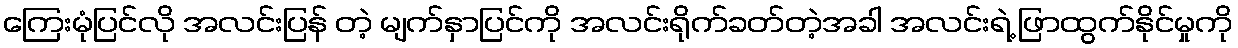
ကြေးမုံပြင်လို အလင်းပြန် တဲ့ မျက်နှာပြင်ကို အလင်းရိုက်ခတ်တဲ့အခါ အလင်းရဲ့ ဖြာထွက်နိုင်မှုကို